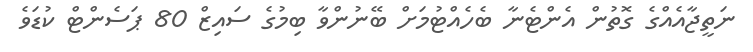
ނަތީޖާއެއްގެ ގޮތުން އެންޓެނާ ބެހެއްޓުމަށް ބޭނުންވާ ބިމުގެ ސައިޒް 80 ޕަސެންޓް ކުޑަވެ